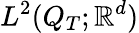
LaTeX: L^{2}(Q_{T};\mathbb{R}^{d})